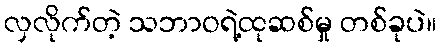
လှလိုက်တဲ့ သဘာဝရဲ့ထုဆစ်မှု တစ်ခုပဲ။